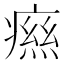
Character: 𤹎